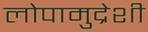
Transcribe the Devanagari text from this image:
लोपामुद्रेशी